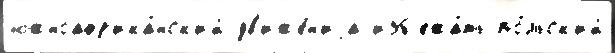
южноафр'ика́нск'ий дв'иже́н'иjа изб'ежа́ть по́льск'ий